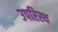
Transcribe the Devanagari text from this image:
उपरिस्थ